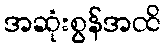
အဆုံးစွန်အထိ